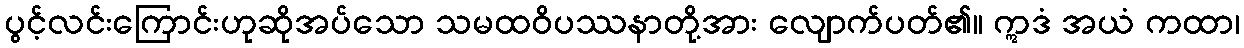
ပွင့်လင်းကြောင်းဟုဆိုအပ်သော သမထဝိပဿနာတို့အား လျောက်ပတ်၏။ ဣဒံ အယံ ကထာ၊